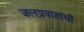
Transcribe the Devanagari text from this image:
जलप्रवाहांची